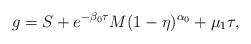
LaTeX: \begin{align*} g=S+ e^{-\beta_0\tau}M(1-\eta)^{\alpha_0}+\mu_1 \tau, \end{align*}